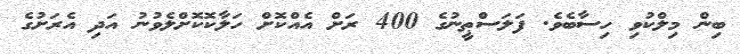
ބިން މިލްކުވި ހިސާބެވެ. ފަލަސްޠީނުގެ 400 ރަށް އެއްކޮށް ހަލާކޮކޮށްލެވުނު އަދި އެރަށުގެ